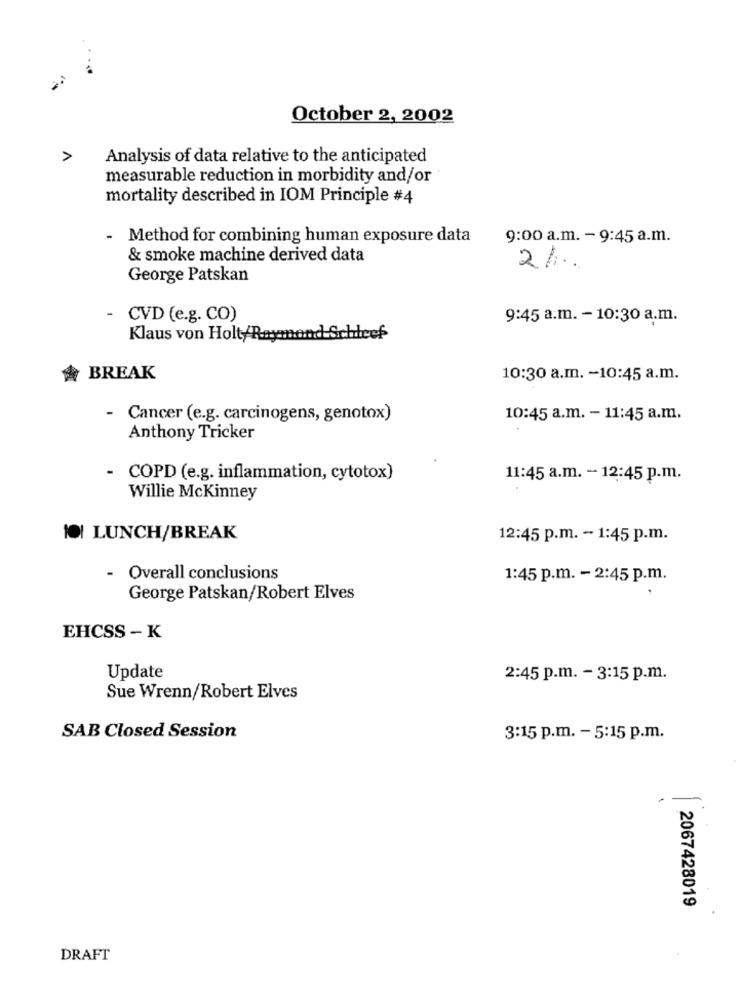
...
October 2, 2002
>
Analysis of data relative to the anticipated
measurable reduction in morbidity and/or
mortality described in IOM Principle #4
- Method for combining human exposure data
9:00 a.m. - 9:45 a.m.
& smoke machine derived data
2%.
George Patskan
- CVD (e.g. CO)
9:45 a.m. - 10:30 a.m.
Klaus von Holt/Ra
1-Schleof
BREAK
10:30 a.m. - 10:45 a.m.
- Cancer (e.g. carcinogens, genotox)
10:45 a.m. - 11:45 a.m.
Anthony Tricker
COPD (e.g. inflammation, cytotox)
11:45 a.m. - 12:45 p.m.
Willie McKinney
OI LUNCH/BREAK
12:45 p.m. - 1:45 p.m.
Overall conclusions
1:45 p.m. - 2:45 p.m.
George Patskan/Robert Elves
EHCSS - K
Update
2:45 p.m. - 3:15 p.m.
Sue Wrenn/Robert Elves
SAB Closed Session
3:15 p.m. - 5:15 p.m.
-
-
2067428019
DRAFT